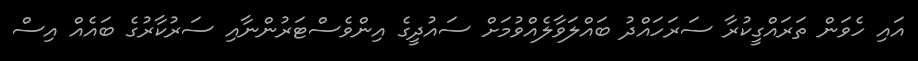
އައި ހެވަން ތަރައްގީކުރާ ސަރަހައްދު ބައްލަވާލެއްވުމަށް ސައުދީގެ އިންވެސްޓަރުންނާއި ސަރުކާރުގެ ބައެއް އިސް